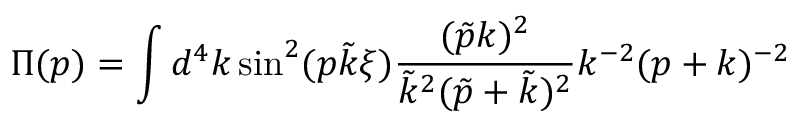
\Pi ( p ) = \int d ^ { 4 } k \sin ^ { 2 } ( p \tilde { k } \xi ) \frac { ( \tilde { p } k ) ^ { 2 } } { \tilde { k } ^ { 2 } ( \tilde { p } + \tilde { k } ) ^ { 2 } } k ^ { - 2 } ( p + k ) ^ { - 2 }